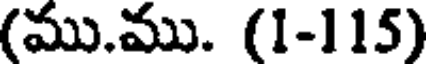
(ము.ము. (1-115)